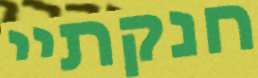
חנקתיי